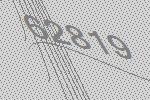
62819